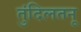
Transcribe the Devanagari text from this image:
तुंदिलतनू